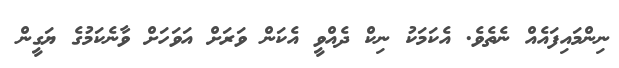
ނިންމައިފައެއް ނެތެވެ. އެކަމަކު ނިކް ދެއްވީ އެކަން ވަރަށް އަވަހަށް ވާނެކަމުގެ ޔަގީން